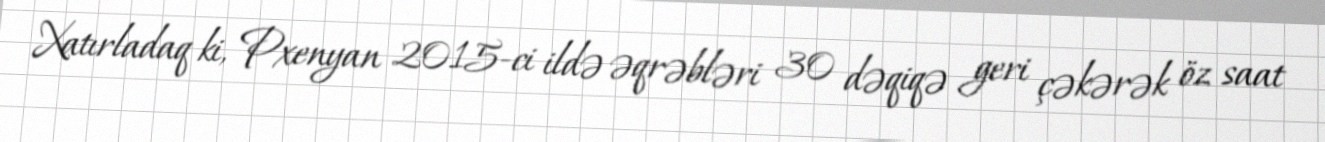
Xatırladaq ki, Pxenyan 2015-ci ildə əqrəbləri 30 dəqiqə geri çəkərək öz saat